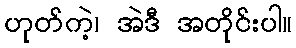
ဟုတ်ကဲ့၊ အဲဒီ အတိုင်းပါ။